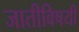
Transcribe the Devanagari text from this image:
जातीविषयी